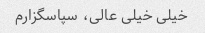
خیلی خیلی عالی، سپاسگزارم